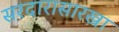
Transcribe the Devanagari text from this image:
सरदारासारखा